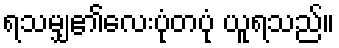
ရသမျှ၏လေးပုံတပုံ ယူရသည်။